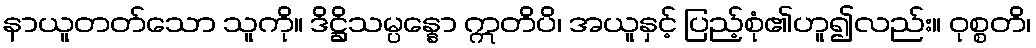
နာယူတတ်သော သူကို။ ဒိဋ္ဌိသမ္ပန္နော ဣတိပိ၊ အယူနှင့် ပြည့်စုံ၏ဟူ၍လည်း။ ဝုစ္စတိ၊